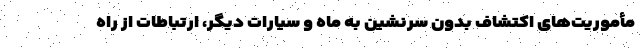
مأموریت‌های اکتشاف بدون سرنشین به ماه و سیارات دیگر، ارتباطات از راه